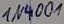
Text: IN4001